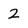
Character: 2